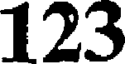
123